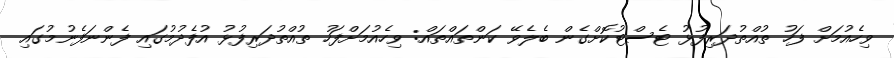
ވިހެއުމަށް ފަހު ތުއްތުދަރިފުޅު ޓެސްޓުކޮށްގެން ބެލެވޭ ކަންތައްތައް: ވިހެއުމަށްފަހު ތުއްތުދަރިފުޅު އުފެދުމުގައި ފެންނަފެނުމުގައި